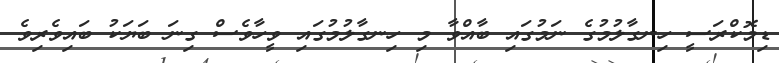
ޑިމޮކްރަސީ ހިނގާލުމުގެ ނަމުގައި ބާއްވާ މި ހިނގާލުމުގައި ވީހާވެސް ގިނަ ބަޔަކު ބައިވެރިވެ